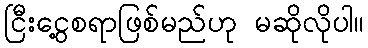
ငြီးငွေ့စရာဖြစ်မည်ဟု မဆိုလိုပါ။